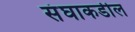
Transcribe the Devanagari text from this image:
संघाकडील